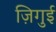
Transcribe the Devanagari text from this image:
ज़िगुई